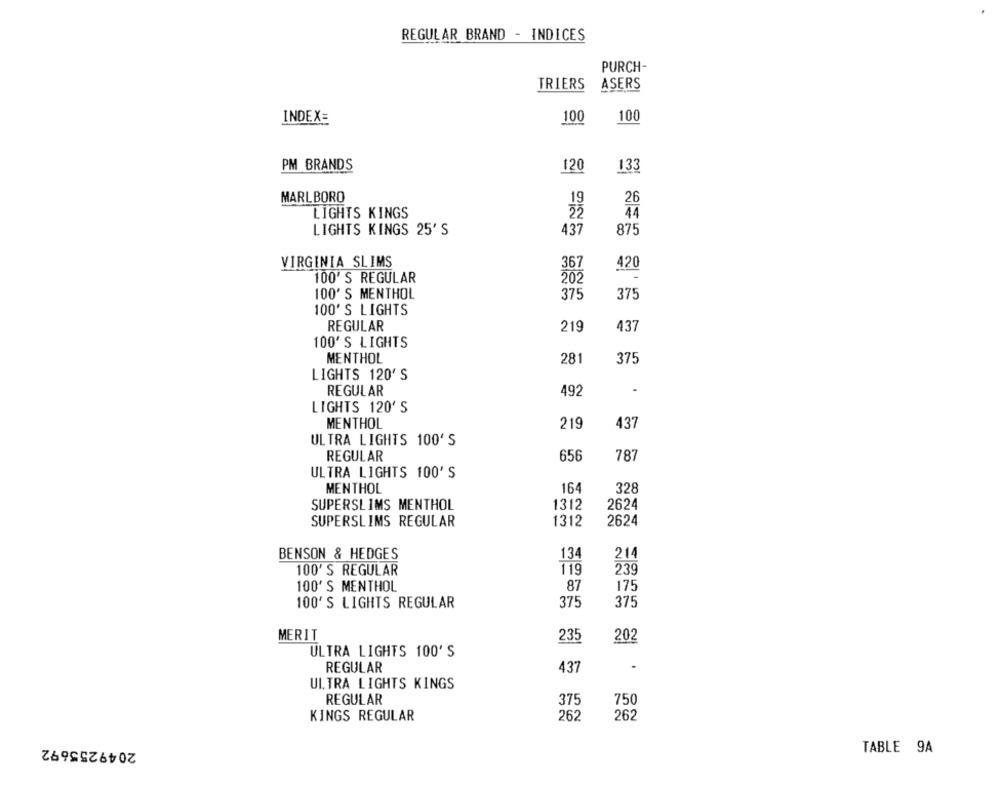
REGULAR BRAND - INDICES
PURCH-
TRIERS
ASERS
INDEX=
100
100
PM BRANDS
120
133
MARLBORO
19
26
LIGHTS KINGS
44
LIGHTS KINGS 25' S
437
875
VIRGINIA SLIMS
367
420
100' S REGULAR
202
100' S MENTHOL
375
375
100'S LIGHTS
REGULAR
219
437
100'S LIGHTS
MENTHOL
281
375
LIGHTS 120'S
REGULAR
492
LIGHTS 120' S
MENTHOL
219
437
ULTRA LIGHTS 100' S
656
REGULAR
787
ULTRA LIGHTS 100'S
MENTHOL
164
328
SUPERSLIMS MENTHOL
1312
2624
SUPERSLIMS REGULAR
1312
2624
BENSON & HEDGES
134
214
100' S REGULAR
119
239
100' S MENTHOL
87
175
100'S LIGHTS REGULAR
375
375
MERIT
202
235
ULTRA LIGHTS 100'S
REGULAR
437
UL. TRA LIGHTS KINGS
REGULAR
375
750
262
KINGS REGULAR
262
2049255692
TABLE 9A